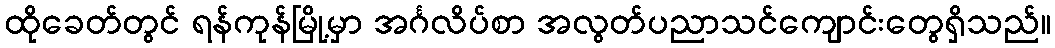
ထိုခေတ်တွင် ရန်ကုန်မြို့မှာ အင်္ဂလိပ်စာ အလွတ်ပညာသင်ကျောင်းတွေရှိသည်။